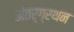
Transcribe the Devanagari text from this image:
अंतर्ग्रथन